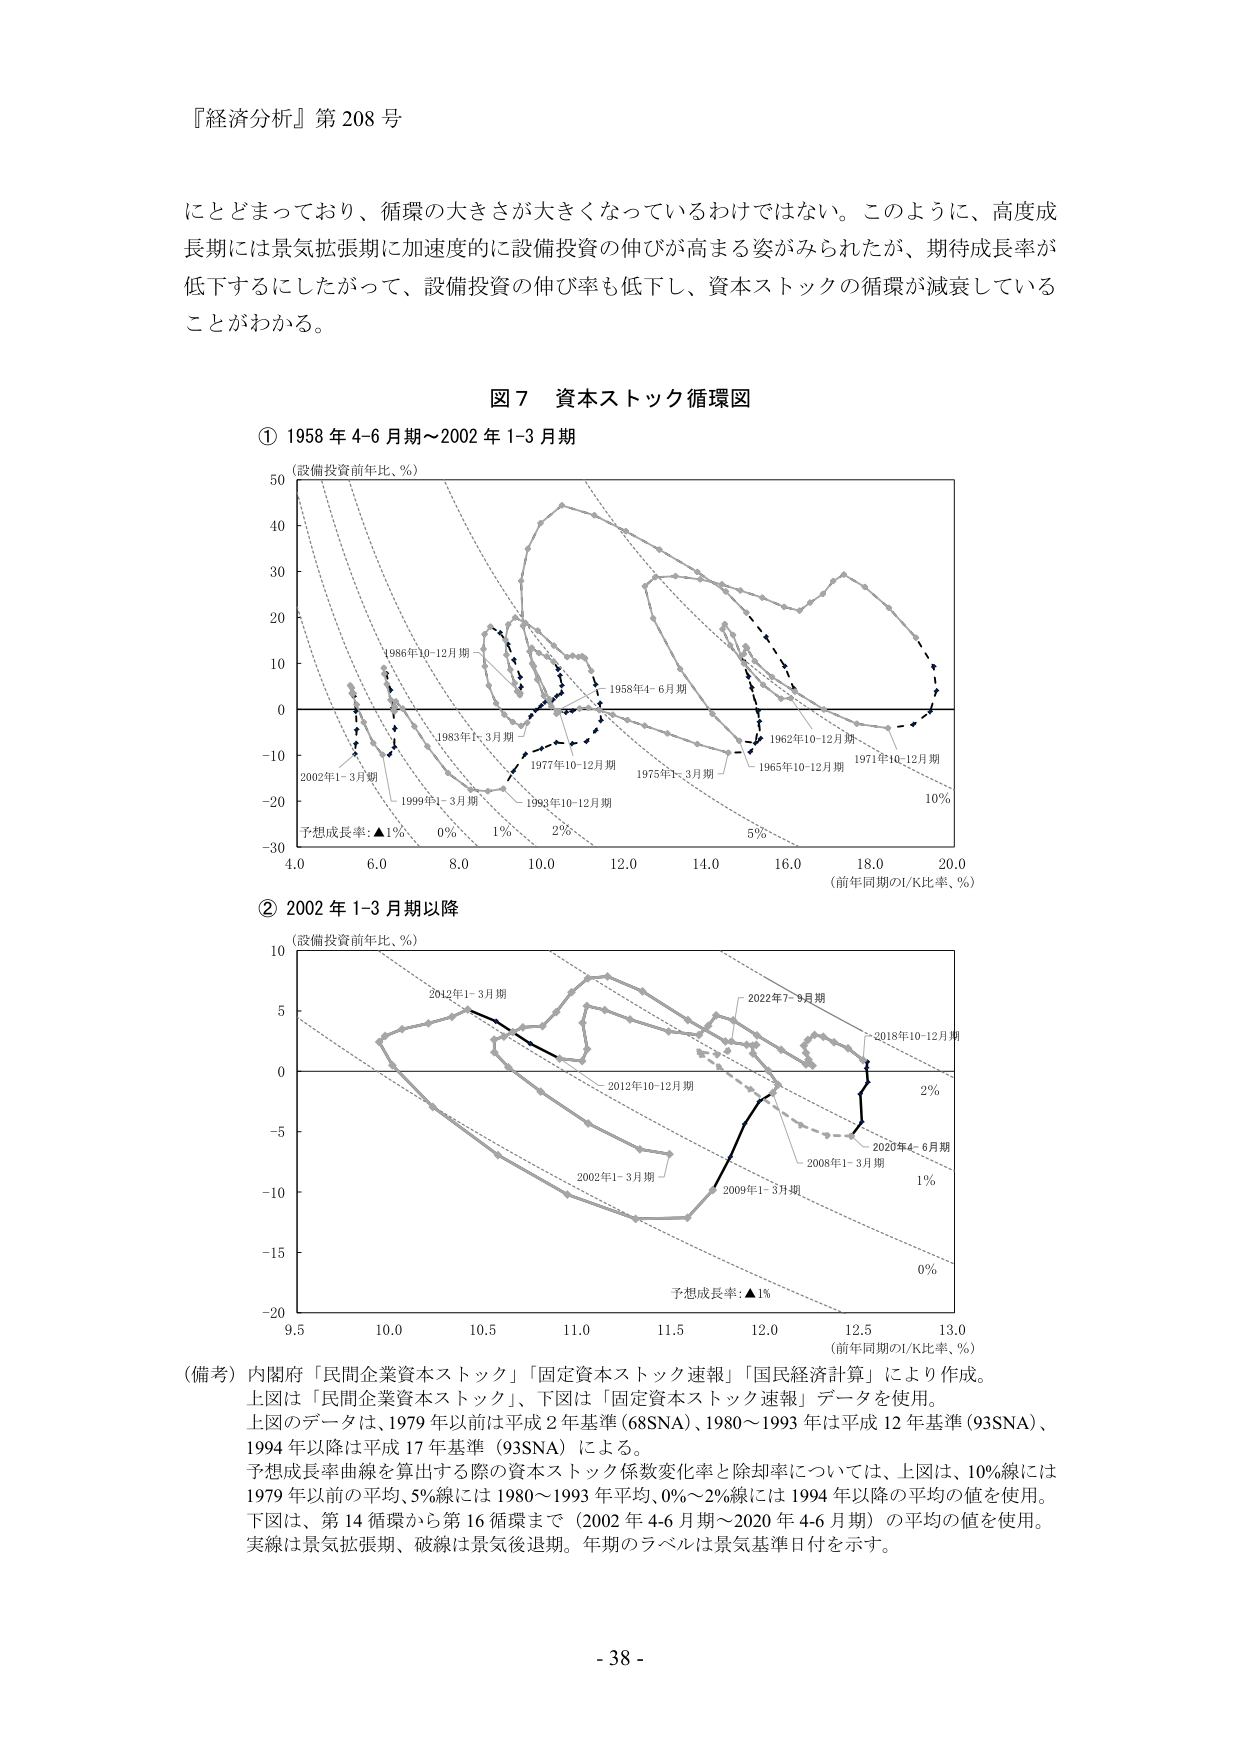
『経済分析』第 208 号

にとどまっており、循環の大きさが大きくなっているわけではない。このように、高度成長期には景気拡張期に加速度的に設備投資の伸びが高まる姿がみられたが、期待成長率が低下するにしたがって、設備投資の伸び率も低下し、資本ストックの循環が減衰していることがわかる。

図７ 資本ストック循環図

① 1958 年 4-6 月期～2002 年 1-3 月期
（設備投資前年比、％）
50
40
30
20
10
0
-10
-20
-30
4.0 6.0 8.0 10.0 12.0 14.0 16.0 18.0 20.0
（前年同期のI/K比率、％）
1986年10-12月期
1983年1-3月期
1977年10-12月期
1975年1-3月期
1962年10-12月期
1965年10-12月期
1971年10-12月期
2002年1-3月期
1999年1-3月期
1993年10-12月期
1958年4-6月期
予想成長率：▲1％、 0％ 1％ 2％ 5％ 10％

② 2002 年 1-3 月期以降
（設備投資前年比、％）
10
5
0
-5
-10
-15
-20
9.5 10.0 10.5 11.0 11.5 12.0 12.5 13.0
（前年同期のI/K比率、％）
2012年1-3月期
2012年10-12月期
2002年1-3月期
2009年1-3月期
2008年1-3月期
2020年4-6月期
2018年10-12月期
2022年7-9月期
予想成長率：▲1％
2％
1％
0％

（備考）内閣府「民間企業資本ストック」「固定資本ストック速報」「国民経済計算」により作成。
上図は「民間企業資本ストック」、下図は「固定資本ストック速報」データを使用。
上図のデータは、1979 年以前は平成 2 年基準（68SNA）、1980～1993 年は平成 12 年基準（93SNA）、
1994 年以降は平成 17 年基準（93SNA）による。
予想成長率曲線を算出する際の資本ストック係数変化率と除却率については、上図は、10％線には
1979 年以前の平均、5％線には 1980～1993 年平均、0％～2％線には 1994 年以降の平均の値を使用。
下図は、第 14 循環から第 16 循環まで（2002 年 4-6 月期～2020 年 4-6 月期）の平均の値を使用。
実線は景気拡張期、破線は景気後退期。年期のラベルは景気基準日付を示す。

- 38 -